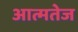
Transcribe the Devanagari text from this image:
आत्मतेज